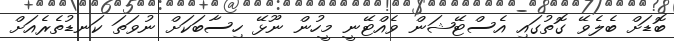
ބޮޑަށް ބެލެވޭ ގޮތުގައި އެސްޓޭޝަން ވެއްޓޭނީ މީހުން ނޫޅޭ ހިސާބަކަށް ނުވަތަ ކަނޑުތެރެއަށް